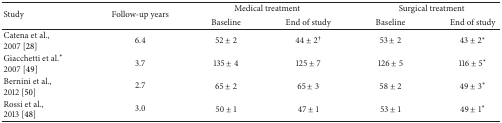
<table><thead><tr><td rowspan="2"><b>Study</b></td><td rowspan="2"><b>Follow-up years</b></td><td colspan="2"><b>Medical treatment</b></td><td colspan="2"><b>Surgical treatment</b></td></tr><tr><td><b>Baseline</b></td><td><b>End of study</b></td><td><b>Baseline</b></td><td><b>End of study</b></td></tr></thead><tbody><tr><td>Catena et al.,2007 [28]</td><td>6.4</td><td>52 ± 2</td><td>44 ± 2<sup>†</sup></td><td>53 ± 2</td><td>43 ± 2<sup>∗</sup></td></tr><tr><td>Giacchetti et al.<sup>∗</sup> 2007 [49]</td><td>3.7</td><td>135 ± 4</td><td>125 ± 7</td><td>126 ± 5</td><td>116 ± 5<sup>∗</sup></td></tr><tr><td>Bernini et al.,2012 [50]</td><td>2.7</td><td>65 ± 2</td><td>65 ± 3</td><td>58 ± 2</td><td>49 ± 3<sup>∗</sup></td></tr><tr><td>Rossi et al.,2013 [48]</td><td>3.0</td><td>50 ± 1</td><td>47 ± 1</td><td>53 ± 1</td><td>49 ± 1<sup>∗</sup></td></tr></tbody></table>